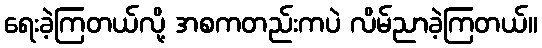
ရေးခဲ့ကြတယ်လို့ အစကတည်းကပဲ လိမ်ညာခဲ့ကြတယ်။